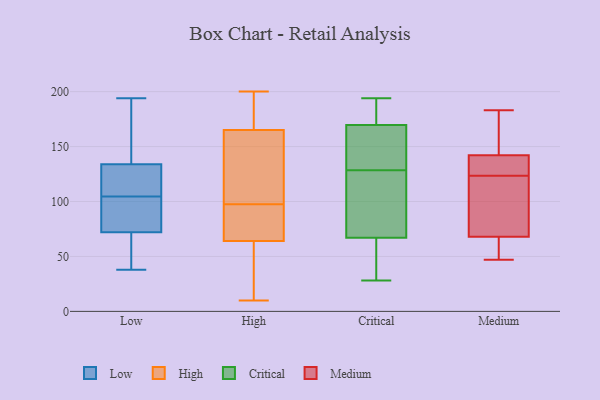
{"axis": {"x": "Operating Costs (USD K)", "y": "Value"}, "legend": ["Critical", "High", "Low", "Medium"], "data": [{"x": "", "y": 38, "type": "Low"}, {"x": "", "y": 110, "type": "Low"}, {"x": "", "y": 79, "type": "Low"}, {"x": "", "y": 191, "type": "Low"}, {"x": "", "y": 135, "type": "Low"}, {"x": "", "y": 133, "type": "Low"}, {"x": "", "y": 106, "type": "Low"}, {"x": "", "y": 139, "type": "Low"}, {"x": "", "y": 178, "type": "Low"}, {"x": "", "y": 39, "type": "Low"}, {"x": "", "y": 132, "type": "Low"}, {"x": "", "y": 78, "type": "Low"}, {"x": "", "y": 103, "type": "Low"}, {"x": "", "y": 43, "type": "Low"}, {"x": "", "y": 70, "type": "Low"}, {"x": "", "y": 194, "type": "Low"}, {"x": "", "y": 53, "type": "Low"}, {"x": "", "y": 74, "type": "Low"}, {"x": "", "y": 107, "type": "Low"}, {"x": "", "y": 86, "type": "Low"}, {"x": "", "y": 87, "type": "High"}, {"x": "", "y": 193, "type": "High"}, {"x": "", "y": 105, "type": "High"}, {"x": "", "y": 10, "type": "High"}, {"x": "", "y": 10, "type": "High"}, {"x": "", "y": 165, "type": "High"}, {"x": "", "y": 200, "type": "High"}, {"x": "", "y": 64, "type": "High"}, {"x": "", "y": 44, "type": "High"}, {"x": "", "y": 131, "type": "High"}, {"x": "", "y": 90, "type": "High"}, {"x": "", "y": 144, "type": "High"}, {"x": "", "y": 132, "type": "High"}, {"x": "", "y": 79, "type": "High"}, {"x": "", "y": 182, "type": "High"}, {"x": "", "y": 186, "type": "High"}, {"x": "", "y": 34, "type": "High"}, {"x": "", "y": 90, "type": "High"}, {"x": "", "y": 28, "type": "Critical"}, {"x": "", "y": 71, "type": "Critical"}, {"x": "", "y": 63, "type": "Critical"}, {"x": "", "y": 194, "type": "Critical"}, {"x": "", "y": 166, "type": "Critical"}, {"x": "", "y": 113, "type": "Critical"}, {"x": "", "y": 127, "type": "Critical"}, {"x": "", "y": 44, "type": "Critical"}, {"x": "", "y": 186, "type": "Critical"}, {"x": "", "y": 163, "type": "Critical"}, {"x": "", "y": 173, "type": "Critical"}, {"x": "", "y": 130, "type": "Critical"}, {"x": "", "y": 114, "type": "Medium"}, {"x": "", "y": 148, "type": "Medium"}, {"x": "", "y": 68, "type": "Medium"}, {"x": "", "y": 85, "type": "Medium"}, {"x": "", "y": 153, "type": "Medium"}, {"x": "", "y": 122, "type": "Medium"}, {"x": "", "y": 142, "type": "Medium"}, {"x": "", "y": 141, "type": "Medium"}, {"x": "", "y": 125, "type": "Medium"}, {"x": "", "y": 63, "type": "Medium"}, {"x": "", "y": 183, "type": "Medium"}, {"x": "", "y": 130, "type": "Medium"}, {"x": "", "y": 58, "type": "Medium"}, {"x": "", "y": 47, "type": "Medium"}]}